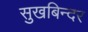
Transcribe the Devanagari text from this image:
सुखबिन्दर